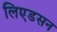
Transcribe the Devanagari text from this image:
लिएडसन